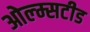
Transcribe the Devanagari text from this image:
ओल्म्सटीड